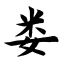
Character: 娄